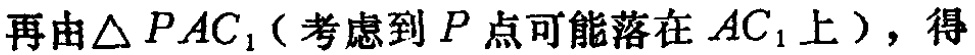
再由$\triangle PAC_{1}$（考虑到$P$点可能落在$AC_{1}$上），得